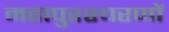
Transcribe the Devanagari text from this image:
महापुरश्चरणों